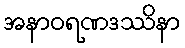
အနာဝရဏဒဿိနာ